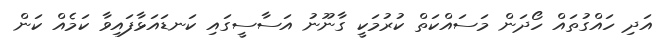
އަދި ހައްގުތައް ހޯދަން މަސައްކަތް ކުރުމަކީ ގާނޫނު އަސާސީގައި ކަނޑައަޅާފައިވާ ކަމެއް ކަން